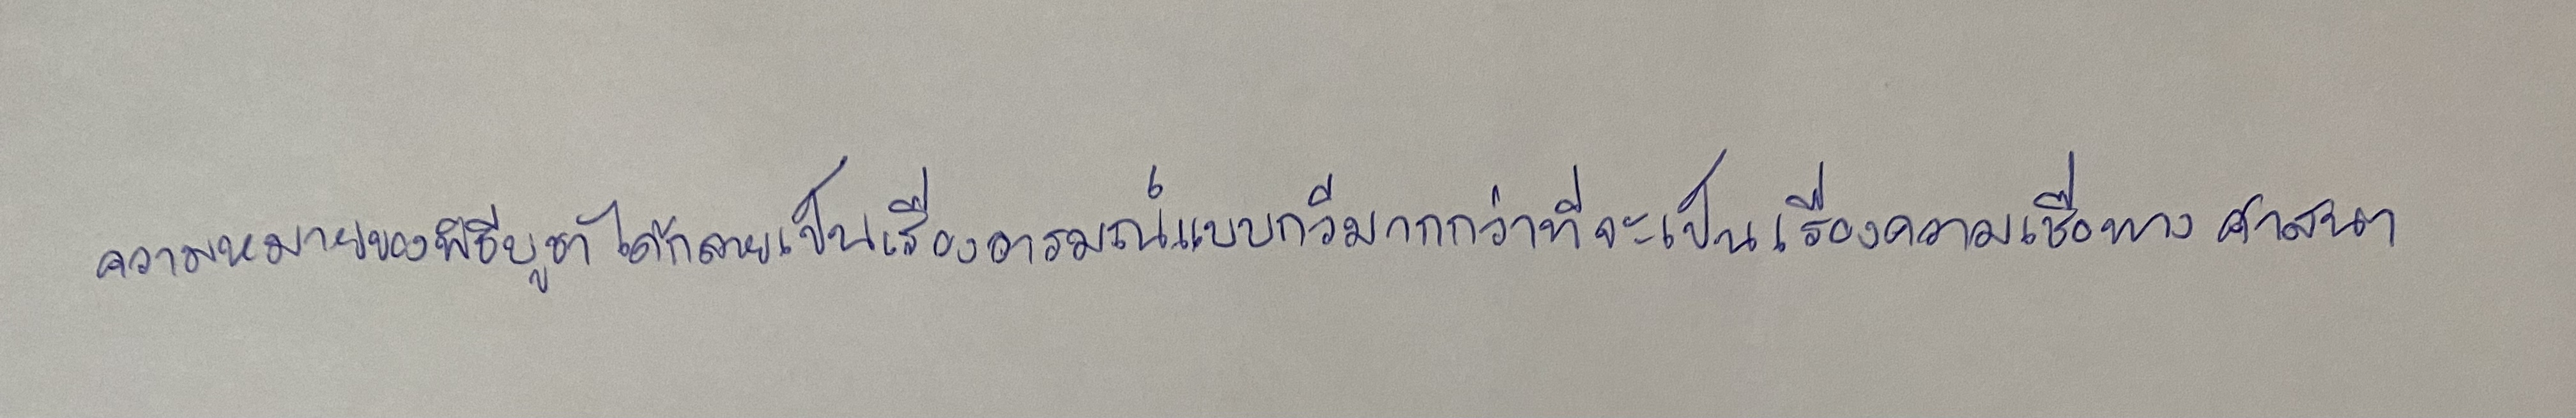
ความหมายของพิธีบูชาได้กลายเป็นเรื่องอารมณ์แบบกวีมากกว่าที่จะเป็นเรื่องความเชื่อทางศาสนา